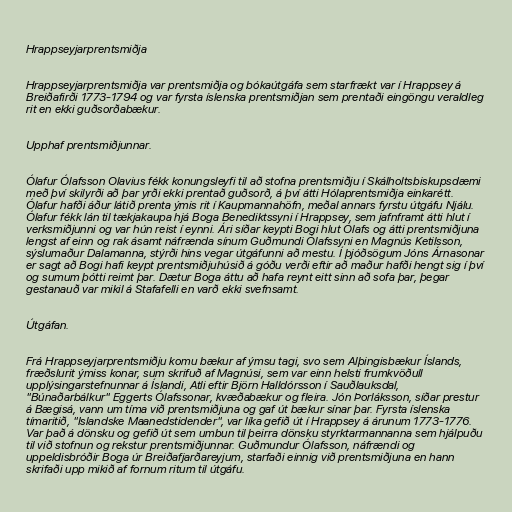
Hrappseyjarprentsmiðja

Hrappseyjarprentsmiðja var prentsmiðja og bókaútgáfa sem starfrækt var í Hrappsey á
Breiðafirði 1773-1794 og var fyrsta íslenska prentsmiðjan sem prentaði eingöngu veraldleg
rit en ekki guðsorðabækur.

Upphaf prentsmiðjunnar.

Ólafur Ólafsson Olavius fékk konungsleyfi til að stofna prentsmiðju í Skálholtsbiskupsdæmi
með því skilyrði að þar yrði ekki prentað guðsorð, á því átti Hólaprentsmiðja einkarétt.
Ólafur hafði áður látið prenta ýmis rit í Kaupmannahöfn, meðal annars fyrstu útgáfu Njálu.
Ólafur fékk lán til tækjakaupa hjá Boga Benediktssyni í Hrappsey, sem jafnframt átti hlut í
verksmiðjunni og var hún reist í eynni. Ári síðar keypti Bogi hlut Ólafs og átti prentsmiðjuna
lengst af einn og rak ásamt náfrænda sínum Guðmundi Ólafssyni en Magnús Ketilsson,
sýslumaður Dalamanna, stýrði hins vegar útgáfunni að mestu. Í þjóðsögum Jóns Árnasonar
er sagt að Bogi hafi keypt prentsmiðjuhúsið á góðu verði eftir að maður hafði hengt sig í því
og sumum þótti reimt þar. Dætur Boga áttu að hafa reynt eitt sinn að sofa þar, þegar
gestanauð var mikil á Stafafelli en varð ekki svefnsamt.

Útgáfan.

Frá Hrappseyjarprentsmiðju komu bækur af ýmsu tagi, svo sem Alþingisbækur Íslands,
fræðslurit ýmiss konar, sum skrifuð af Magnúsi, sem var einn helsti frumkvöðull
upplýsingarstefnunnar á Íslandi, Atli eftir Björn Halldórsson í Sauðlauksdal,
"Búnaðarbálkur" Eggerts Ólafssonar, kvæðabækur og fleira. Jón Þorláksson, síðar prestur
á Bægisá, vann um tíma við prentsmiðjuna og gaf út bækur sínar þar. Fyrsta íslenska
tímaritið, "Islandske Maanedstidender", var líka gefið út í Hrappsey á árunum 1773-1776.
Var það á dönsku og gefið út sem umbun til þeirra dönsku styrktarmannanna sem hjálpuðu
til við stofnun og rekstur prentsmiðjunnar. Guðmundur Ólafsson, náfrændi og
uppeldisbróðir Boga úr Breiðafjarðareyjum, starfaði einnig við prentsmiðjuna en hann
skrifaði upp mikið af fornum ritum til útgáfu.